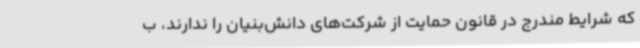
که شرایط مندرج در قانون حمایت از شرکت‌های دانش‌بنیان را ندارند، ب